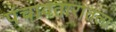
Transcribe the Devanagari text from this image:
पंचावतारातला